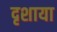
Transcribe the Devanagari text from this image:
दृशाया